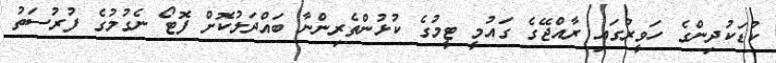
ކުޑަކުދިންގެ ހަވީރުގައި ރާއްޖޭގެ ގައުމީ ޓީމުގެ ކުޅުންތެރިންނާ ބަައްދަލުކޮށް ފޮޓޯ ނެގުމުގެ ފުރުސަތު